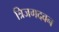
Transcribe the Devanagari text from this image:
त्रिजगदवन